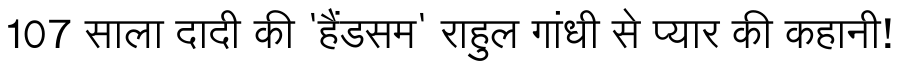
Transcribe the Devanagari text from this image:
107 साला दादी की 'हैंडसम' राहुल गांधी से प्यार की कहानी!